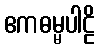
ဧကဓမ္မပါဠိ